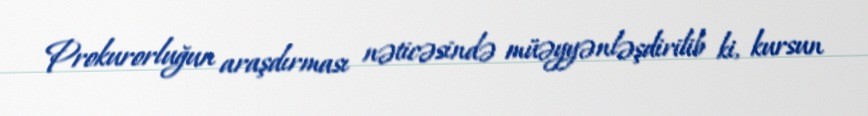
Prokurorluğun araşdırması nəticəsində müəyyənləşdirilib ki, kursun